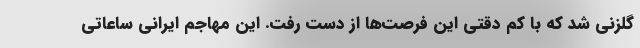
گلزنی شد که با کم دقتی این فرصت‌ها از دست رفت. این مهاجم ایرانی ساعاتی